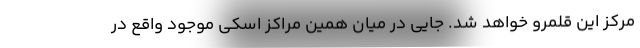
مرکز این قلمرو خواهد شد. جایی در میان همین مراکز اسکی موجود واقع در